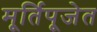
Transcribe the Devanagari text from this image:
मूर्तिपूजेत